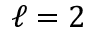
\ell = 2